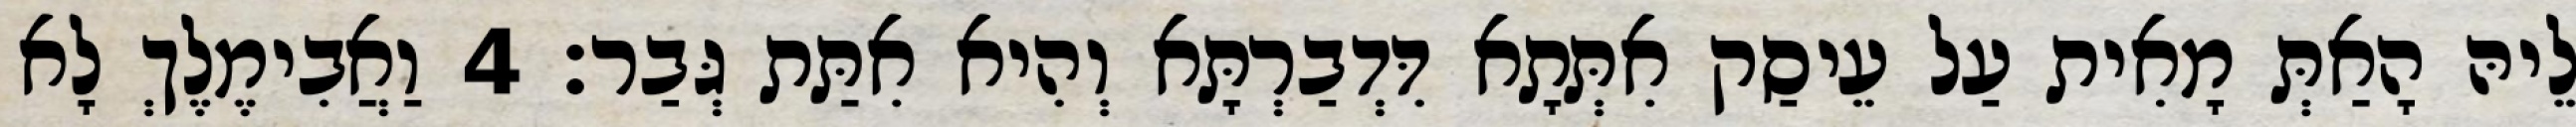
לֵיהּ הָאַתְּ מָאִית עַל עֵיסַק אִתְּתָא דִּדְבַרְתָּא וְהִיא אִתַּת גְּבַר׃ 4 וַאֲבִימֶלֶךְ לָא